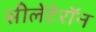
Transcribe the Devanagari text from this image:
सीलेंटेरॉन